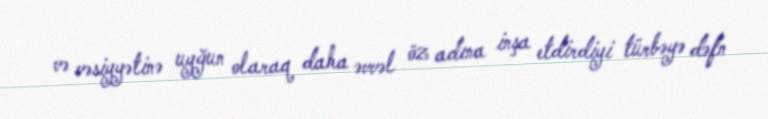
və vəsiyyətinə uyğun olaraq daha əvvəl öz adına inşa etdirdiyi türbəyə dəfn